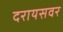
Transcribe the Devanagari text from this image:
दरायसवर